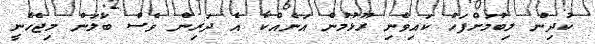
ކުދިން ލިބުމަށްފަހު ކައިވެނި ރޫޅުމުން އަނެއްކާ އެ ދަރިން ވެސް ބަލަން މިޖެހެނީ